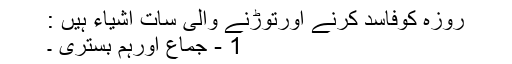
روزہ کوفاسد کرنے اورتوڑنے والی سات اشیاء ہیں :
1 - جماع اورہم بستری ۔